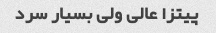
پیتزا عالی ولی بسیار سرد